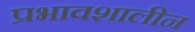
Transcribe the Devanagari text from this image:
प्रभावशालीन